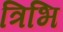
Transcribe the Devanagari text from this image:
त्रिभि